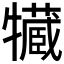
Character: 𤛻